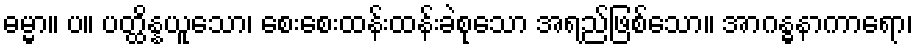
ဓမ္မာ။ ပ။ ပတ္ထိန္နယူသော၊ စေးစေးထန်းထန်းခဲစုသော အရည်ဖြစ်သော။ အာဂန္ဓနာကာရော၊